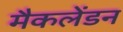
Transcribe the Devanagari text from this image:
मैकलेंडन